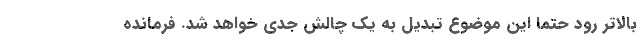
بالاتر رود حتما این موضوع تبدیل به یک چالش جدی خواهد شد. فرمانده